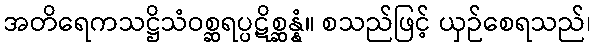
အတိရေကသဋ္ဌိသံဝစ္ဆရပ္ပဋိစ္ဆန္နံ။ စသည်ဖြင့် ယှဉ်စေရသည်၊